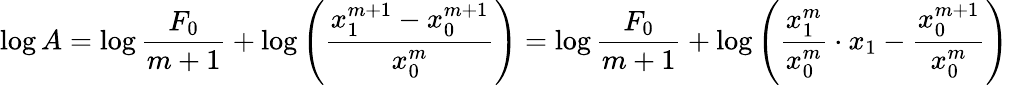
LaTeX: \log A=\log{\frac{F_{0}}{m+1}}+\log\left({\frac{x_{1}^{m+1}-x_{0}^{m+1}}{x_{0}^{m}}}\right)=\log{\frac{F_{0}}{m+1}}+\log\left({\frac{x_{1}^{m}}{x_{0}^{m}}}\cdot x_{1}-{\frac{x_{0}^{m+1}}{x_{0}^{m}}}\right)